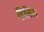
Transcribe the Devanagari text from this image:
हिलिस